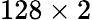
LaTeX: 128\times 2